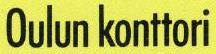
Oulun konttori